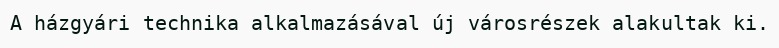
A házgyári technika alkalmazásával új városrészek alakultak ki.